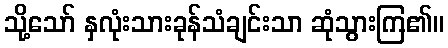
သို့သော် နှလုံးသားခုန်သံချင်းသာ ဆုံသွားကြ၏။